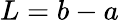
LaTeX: L=b-a